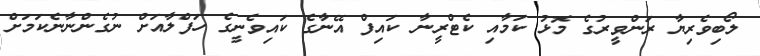
ލޯބިވެރިޔާ ރަންވީރުގެ މޮޅު ކަމާއި ކެޓްރީނާ ކައިފް އޭނާގެ ކައިވެނީގެ ހަފްލާއަށް ނުގެންނާނެކަމަށް